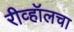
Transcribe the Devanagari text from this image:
रीव्हॉलचा